Kloostri_vallavalitsus, lk 23
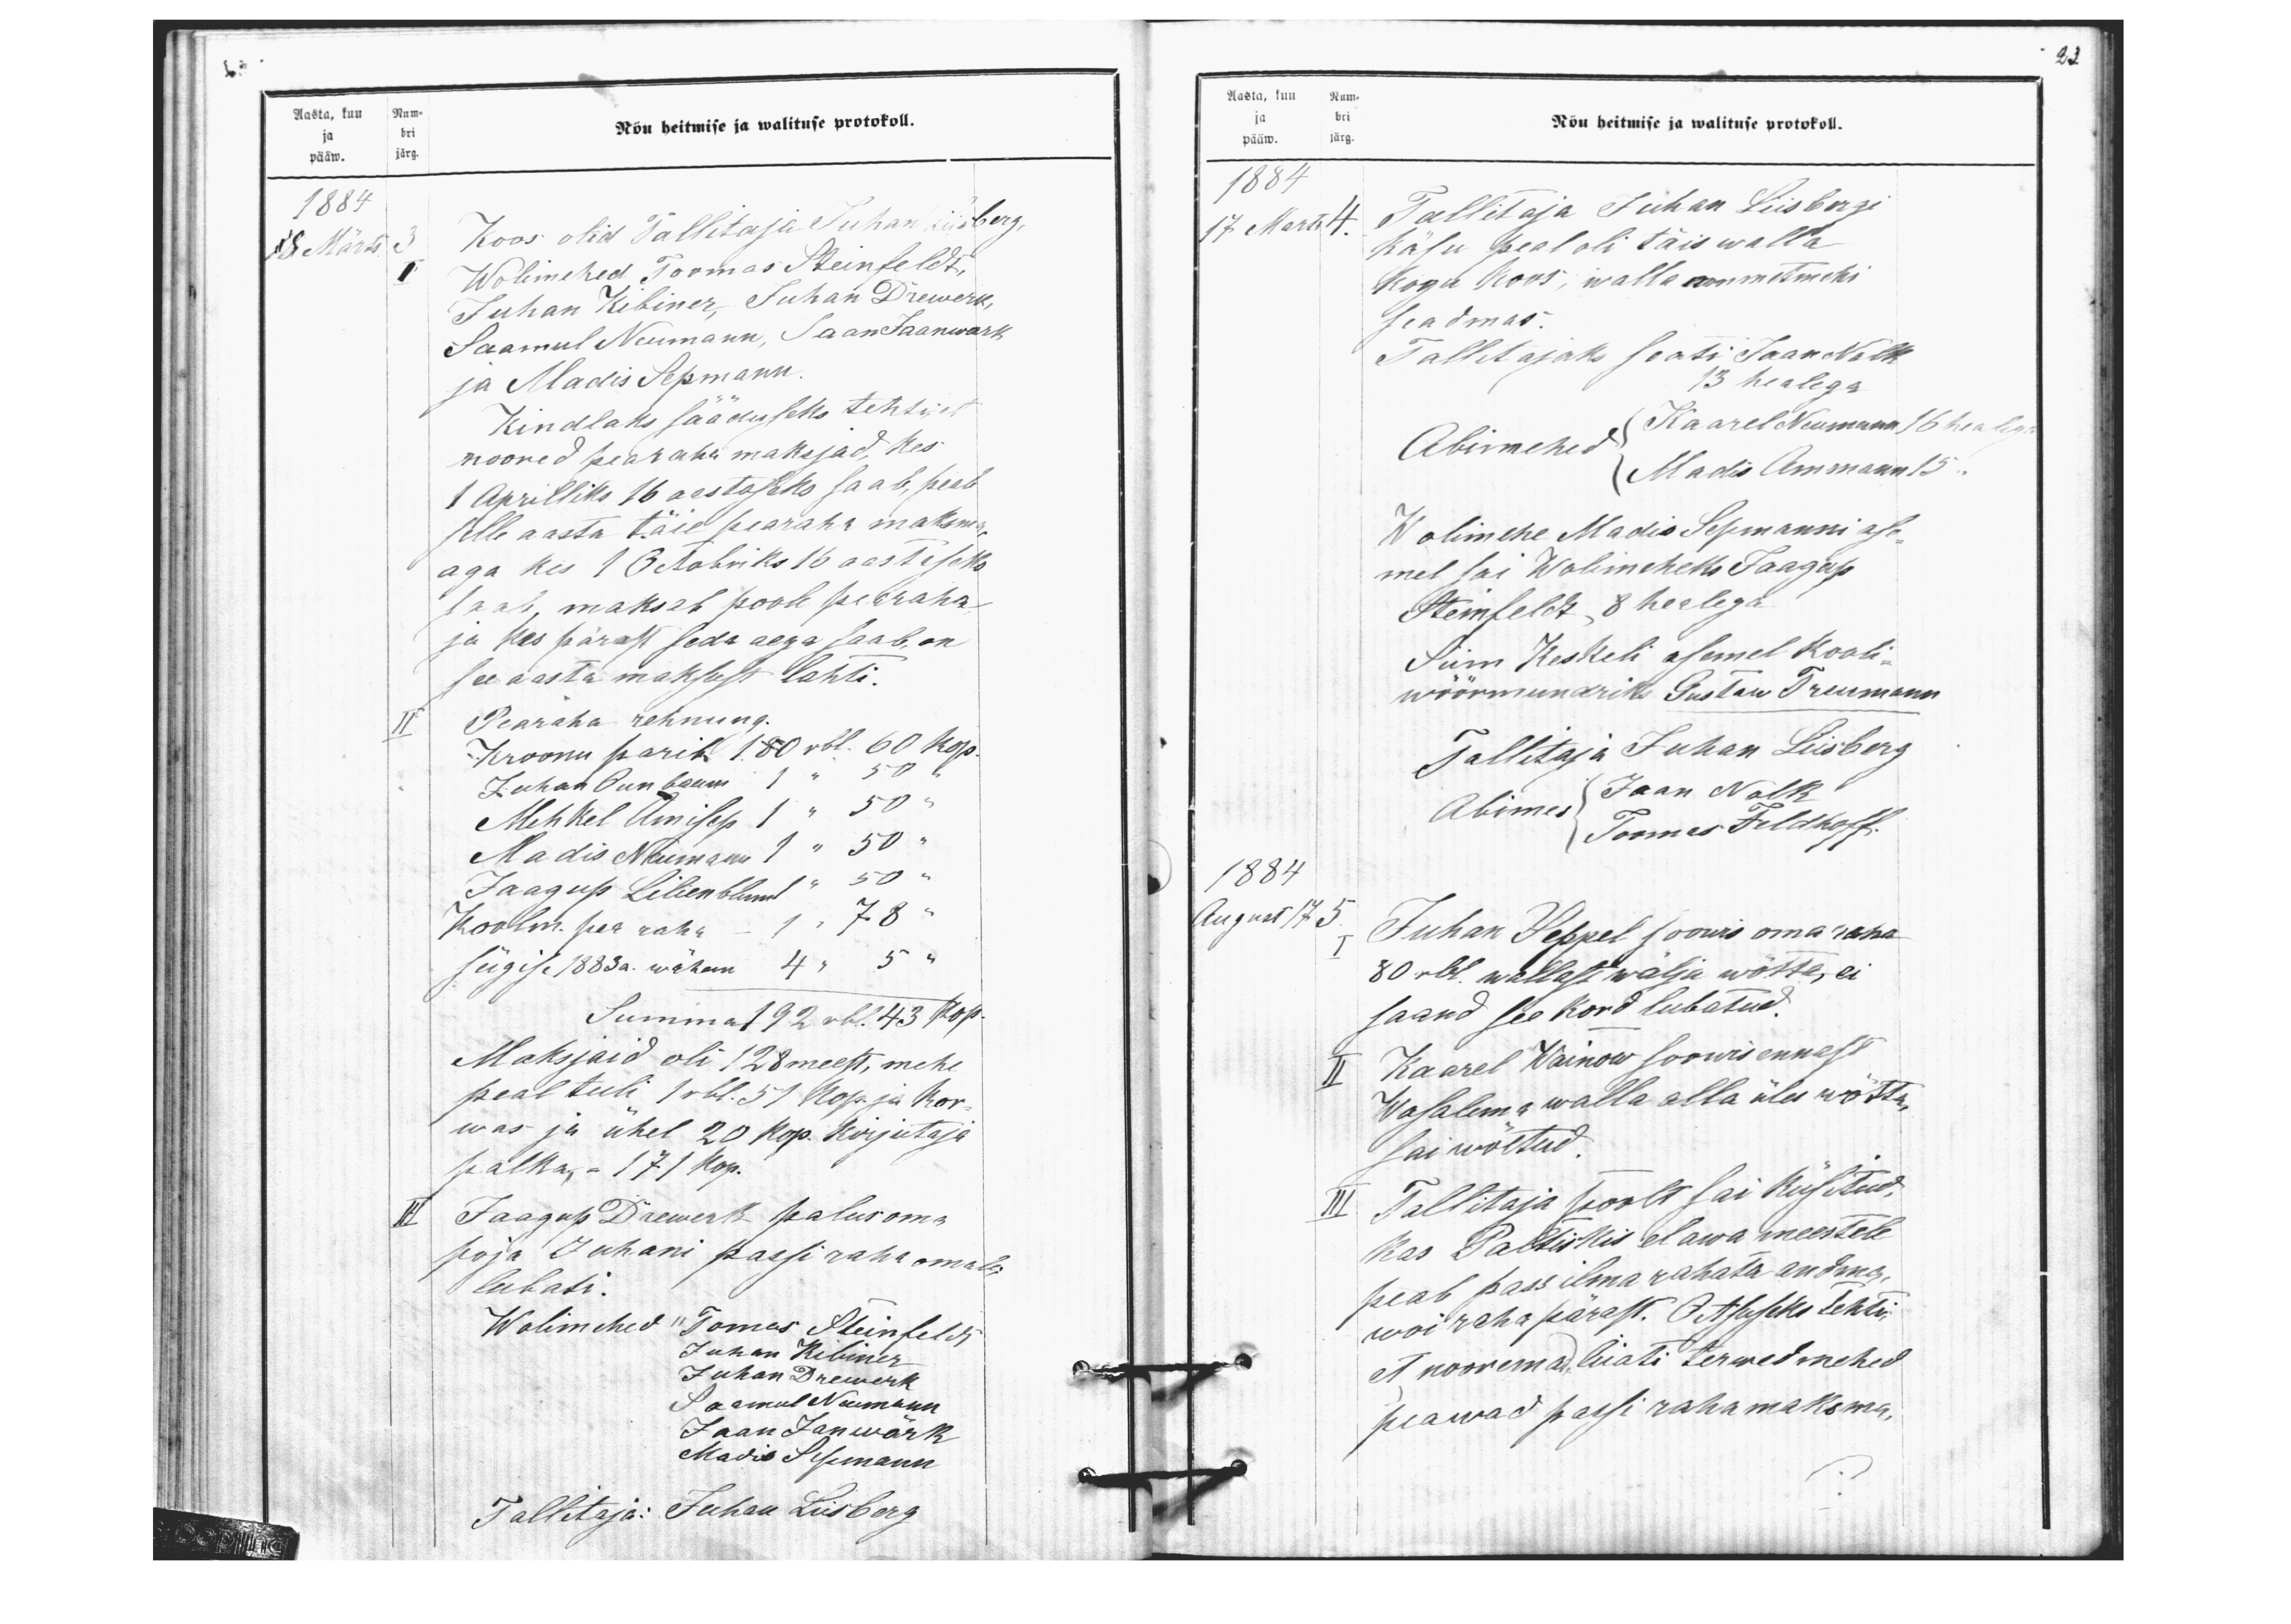
Aasta, kuu Num-
Nõu heitmise ja walituse protokoll.
ja bri
pääw. järg.
1884
8 Märts
3 Koos olid Tallitaja Juhan Liisberg
I Wolimehed Toomas Steinfeldt,
Juhan Kibiner, Juhan Drewerk,
Saamul Neumann, Jaan Jaanwark
ja Madis Sepmann
Kindlaks sääduseks tehti et
noored pearaha maksjad, kes
Aprilliks 16 aastaseks saab, peab
selle aasta täie pearaha maksma
aga kes 1 Octobriks 16 aastaseks
saab maksab poole pearaha
ja kes pärast seda aega saab, on
see aasta maksust lahti.
Pearaha rehnung
II
Kroonu pärib 180 rbl. 60 kop.
Juhan Õunbaum 1 " 50 "
Mihkel Amisep 1 " 50 "
Madis Neumann 1 " 50 "
Jaagup Lilienblum 1 "50 "
Koolm. pea raha - 1 " 78 "
sügise 1883 a. wähem 4 " 5"
Summa 192 rbl 43 kop.
Maksjaid oli 128 meest, mehe
peal tuli 1 rbl. 51 kop. ja kor-
was ja ühel 20 kop. kirjutaja
palka - 171 kop.
II Jaagup Drewerk palus oma
poja Juhani passi raha omale
lubati.
Wolimehed Tomas Steinfeldt
Juhan Kibiner
Juhan Drewerk
Saamul Neumann
Jaan Janwärk
Madis Sepmann
Tallitaja: Juhan Liisberg

23
Aasta, kuu Num-
ja bri
pääw. järg
Nõu heitmise ja walituse protokoll.
1884
17 Märts
4 Tallitaja Juhan Liisbergi
käsu peal oli täis walla
kogu koos, walla ammetmehi
seadmas.
Tallitajaks seati Jaan Nolk
13 healega.
Abimehed
(Kaarel Neumann 16 healega
(Madis Ammann 15.
Wolimehe Madis Sepmanni ase
mel sai Wolimeheks Jaagup
Steinfeldt 8 healega
Siim Keskeli asemel kooli
wöörmündriks Gustaw Treumann
Tallitaja Juhan Liisberg
Abimes
Jaan Nolk
Toomas Feldhoff.
1884
August 17
5. Juhan Seppel soowis oma raha
I
80 rbl. wallast wälja wõtta, ei
saand see kord lubatud;
II Kaarel Wainow soowis ennast
Wasalema walla alla üles wõtta,
sai wõetud
III Tallitaja poolt sai küsitud,
Kas Paltiskis elawa meestele
peab pass ilm rahata andma
wõi raha pärast. Otsuseks tehti
et nooremad liiati terwed mehed
peawad passi raha maksma,